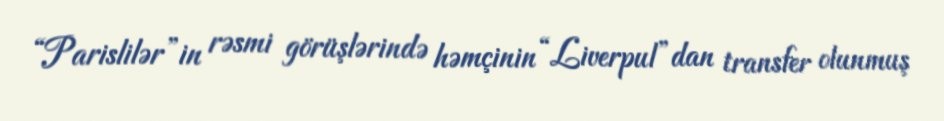
“Parislilər”in rəsmi görüşlərində həmçinin “Liverpul”dan transfer olunmuş